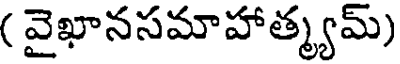
( వైఖానసమాహాత్మ్యమ్)